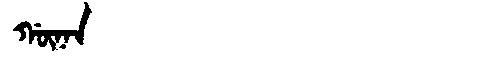
Manchu: ᡤᡡᠨᠠᠨ
Romanization: GŪNAN